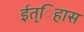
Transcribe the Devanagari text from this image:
ईत्िहास